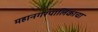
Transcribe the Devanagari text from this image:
महानगरपालिकाचा